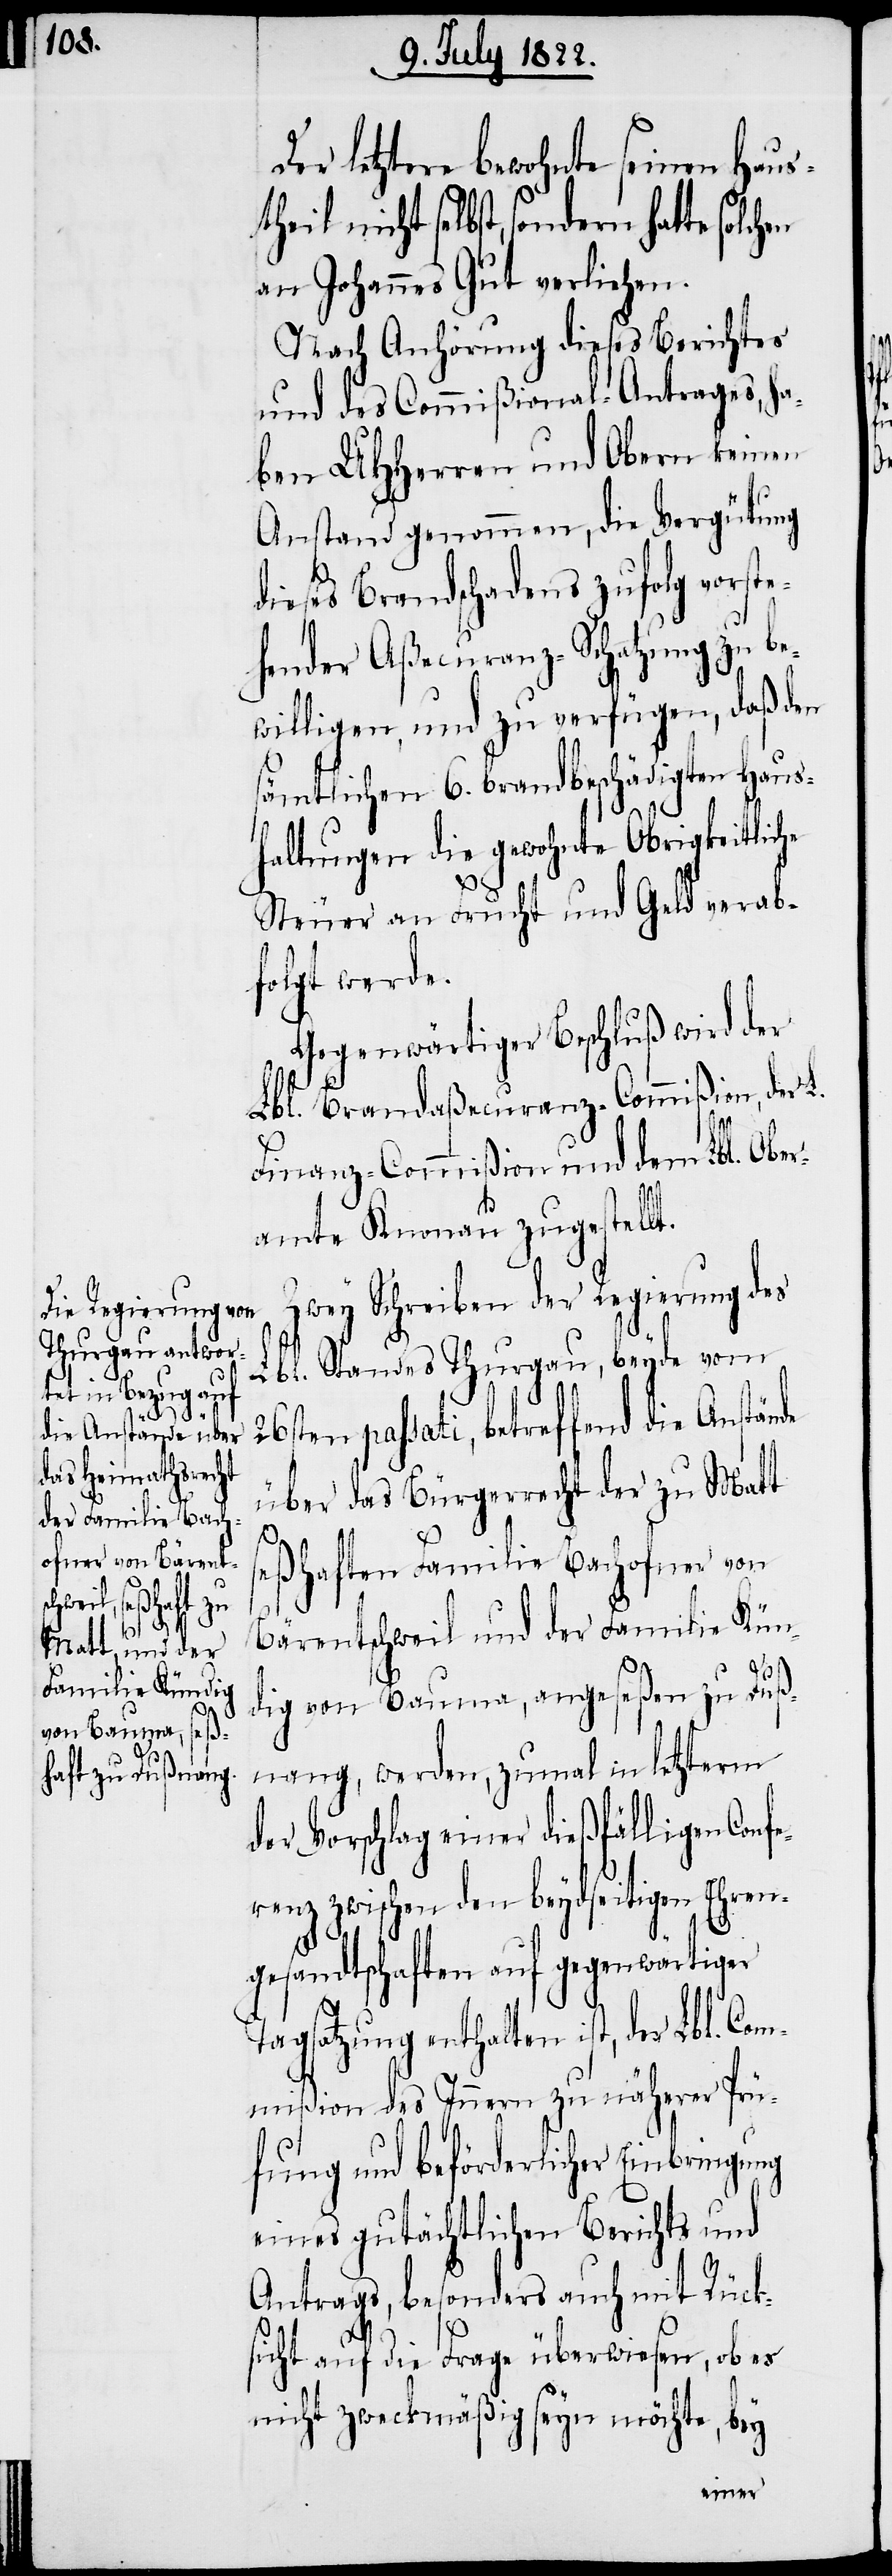
Der letztere bewohnte seinen Haus¬
theil nicht selbst, sondern
an Johannes Gut verliehen.
Nach Anhörung dieses Berichtes
und des Commißional-Antrages, ha¬
ben UHHerren und Obern keinen
Anstand genommen, die Vergütung
dieses Brandschadens zufolg vorste¬
hender Aßecuranz-Schatzung zu be¬
willigen, und zu verfügen, daß den
sämmtlichen 6. Brandbeschädigten Haus¬
haltungen die gewohnte Obrigkeitliche
Co¬
Steuer an Frucht und Geld verab¬
folgt werde.
Gegenwärtiger Beschluß wird der
Lbl. Brandaßecuranz-Commißion, der L.
Finanz-Commißion und dem Lbl. Ober¬
amte Knonau zugestellt.
Zwey Schreiben der Regierung des
Lbl. Standes Thurgau, beyde vom
ten passati, betreffend die Anstä¬
über das Bürgerrecht der zu Matt
eßhaften Familie Bachofner von
s¬
Bärentschweil und der Familie Kün¬
26s¬
dig von Bauma, angeseßen zu Duß¬
nang, werden, zumal in letzterm
der Vorschlag einer dießfälligen Conf¬
erenz zwischen den beydseitigen Ehren¬
gesandtschaften auf gegenwärtiger
Tagsatzung enthalten ist, der Lbl.
mmißion des Innern zu näherer Prü¬
fung und beförderlicher Einbringung
eines gutächtlichen Berichts und
Antrags, besonders auch mit Rück¬
sicht auf die Frage überwiesen, ob es
nicht zweckmäßig seyn möchte, bey